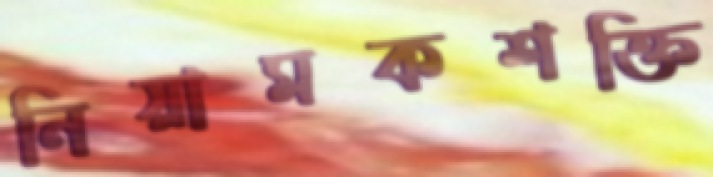
নিয়ামকশক্তি